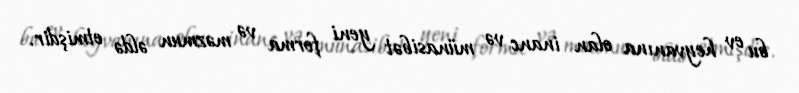
bu ev heyvanına olan inanc və münasibət yeni forma və məzmun əldə etmişdir.